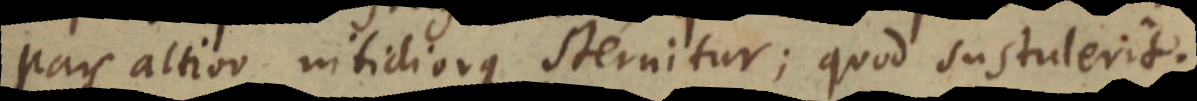
pars altior nitidiorque sternitur; quod sustulerit;